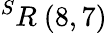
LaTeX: ^{S}R\ (8,7)